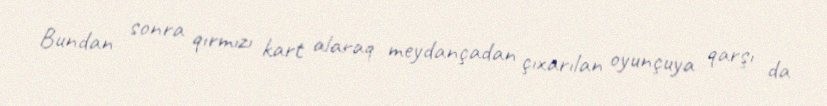
Bundan sonra qırmızı kart alaraq meydançadan çıxarılan oyunçuya qarşı da